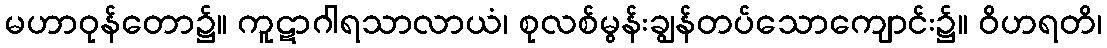
မဟာဝုန်တော၌။ ကူဋာဂါရသာလာယံ၊ စုလစ်မွန်းချွန်တပ်သောကျောင်း၌။ ဝိဟရတိ၊